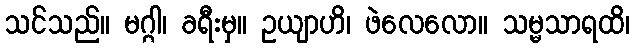
သင်သည်။ မဂ္ဂါ၊ ခရီးမှ။ ဥယျာဟိ၊ ဖဲလေလော။ သမ္မသာရထိ၊